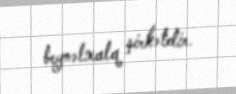
beynəlxalq şirkətdir.